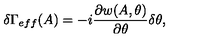
\delta \Gamma _ { e f f } ( A ) = - i \frac { \partial w ( A , \theta ) } { \partial \theta } \delta \theta ,